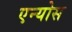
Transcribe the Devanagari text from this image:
एन्योस